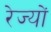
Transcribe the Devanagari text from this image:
रेज्यों